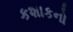
કશાકનો